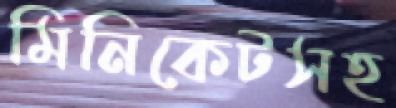
মিনিকেটসহ